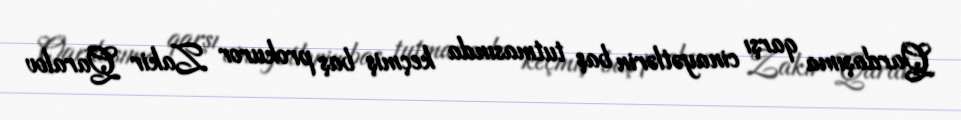
Qardaşıma qarşı cinayətlərin baş tutmasında keçmiş baş prokuror Zakir Qaralov